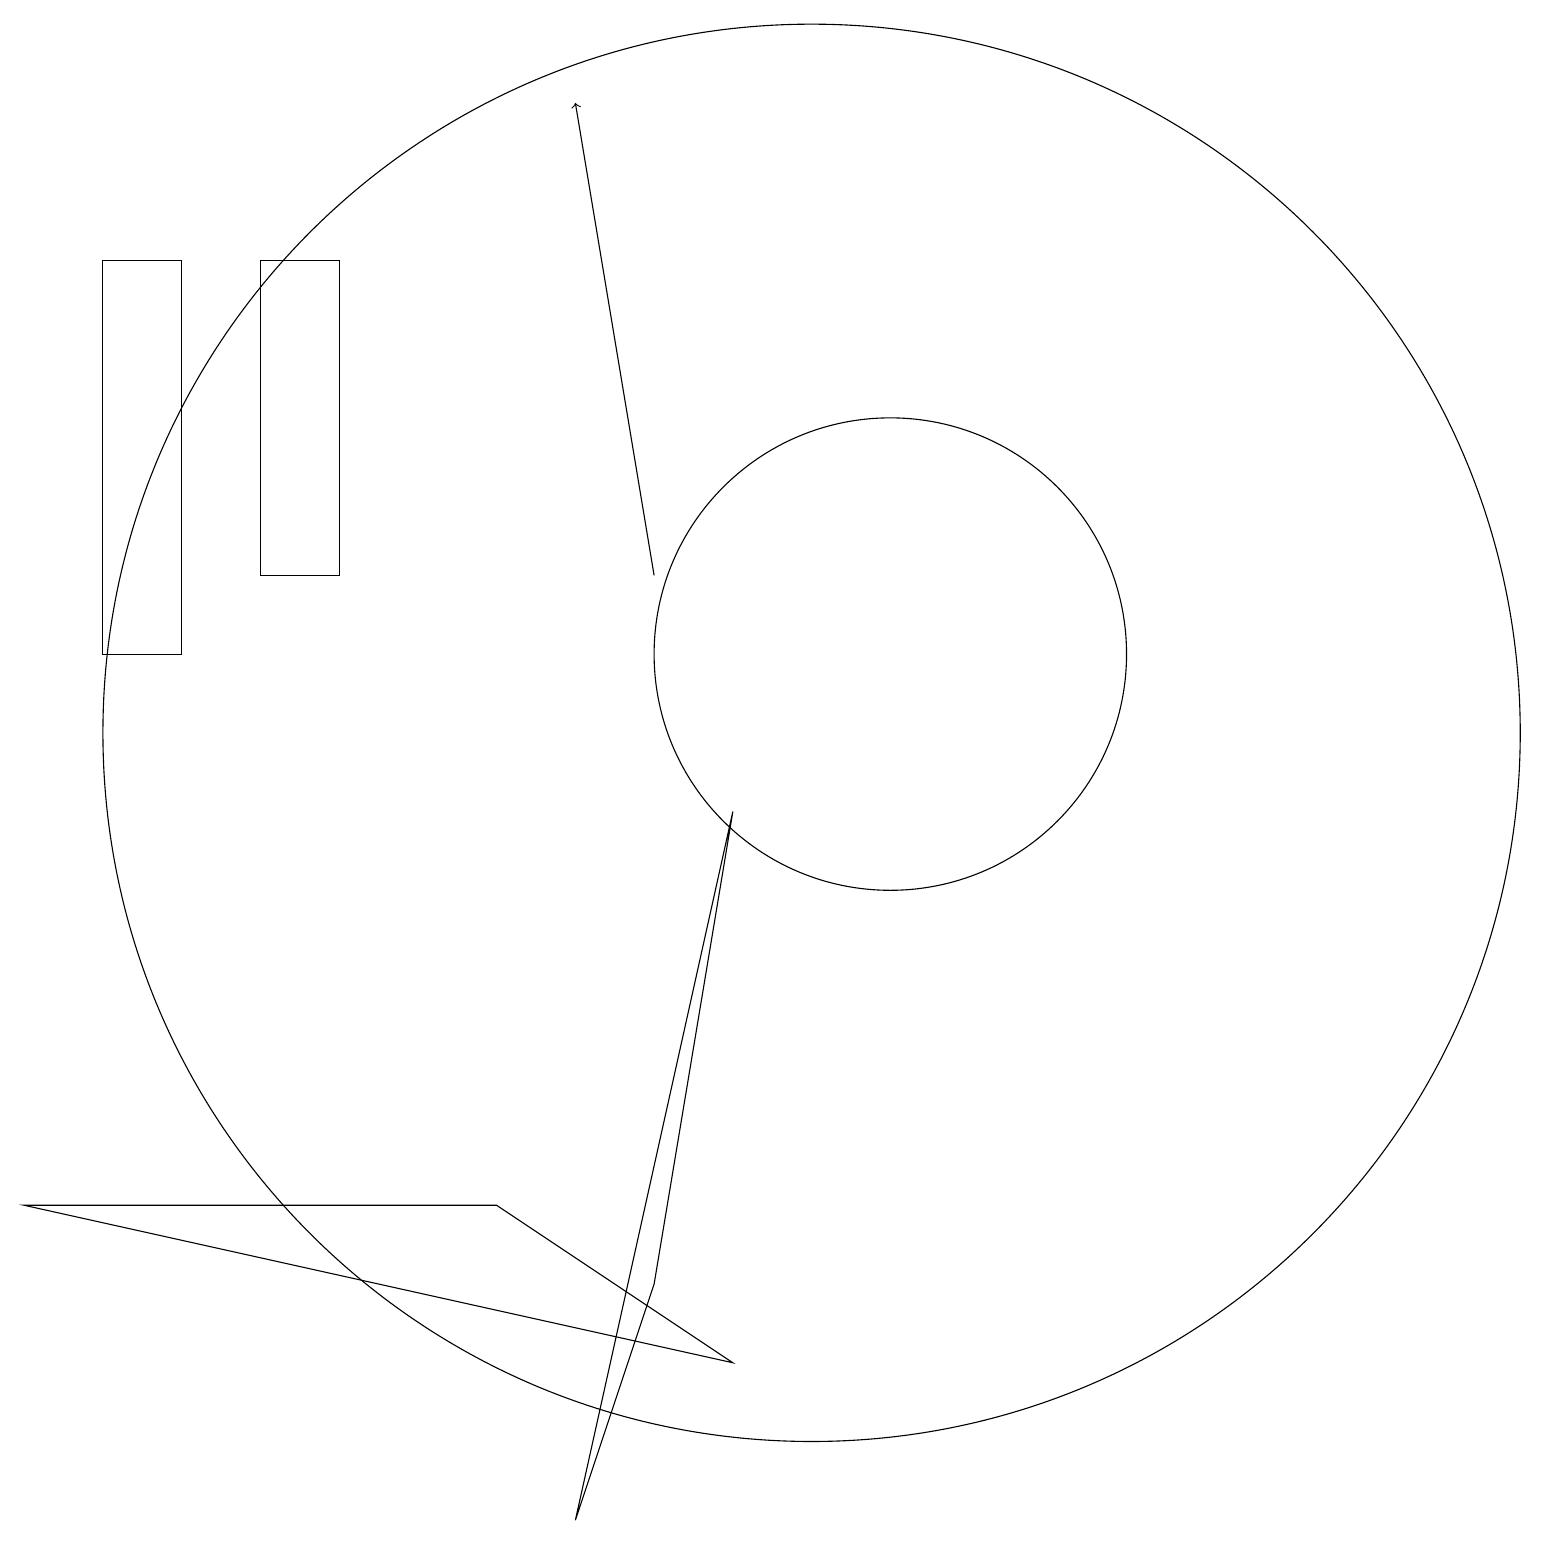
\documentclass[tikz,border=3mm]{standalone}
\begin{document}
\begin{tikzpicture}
\draw[->] (8,12) -- (7,18);
\draw (10,10) circle (9);
\draw (9,9) -- (8,3) -- (7,0) -- cycle;
\draw (6,4) -- (0,4) -- (9,2) -- cycle;
\draw (4,12) rectangle (3,16);
\draw (11,11) circle (3);
\draw (2,16) rectangle (1,11);
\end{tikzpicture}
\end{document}